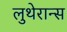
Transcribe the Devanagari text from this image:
लुथेरान्स